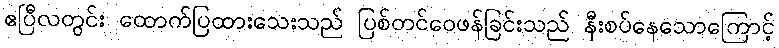
ဧပြီလတွင်း ထောက်ပြထားသေးသည် ပြစ်တင်ဝေဖန်ခြင်းသည် နီးစပ်နေသောကြောင့်